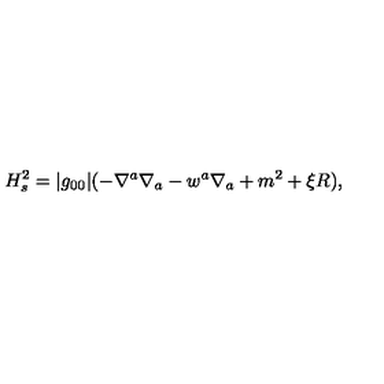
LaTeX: H _ { s } ^ { 2 } = | g _ { 0 0 } | ( - \nabla ^ { a } \nabla _ { a } - w ^ { a } \nabla _ { a } + m ^ { 2 } + \xi R ) ,